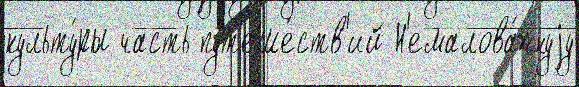
культу́ры часть пут'еше́ств'ий Н'емалова́жнуjу